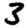
Digit: 3